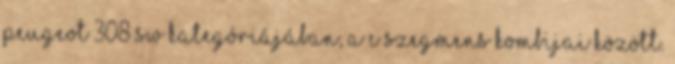
PEUGEOT 308 SW kategóriájában, a C szegmens kombijai között.